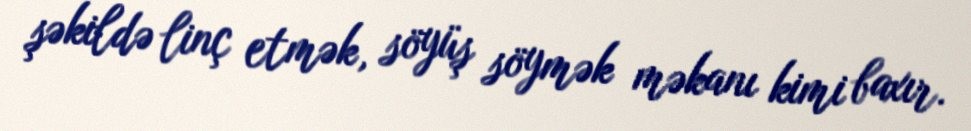
şəkildə linç etmək, söyüş söymək məkanı kimi baxır.